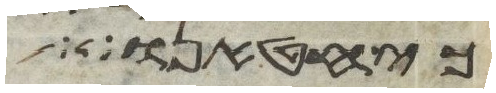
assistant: כי באנו אל